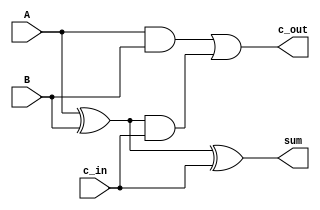
`timescale 1ns / 1ps

module Full_Adder(c_out, sum, A, B, c_in);
//dimensions and sizes
input  A;
input  B;
input c_in;
output c_out;
output sum;

//wires
wire w1,w2,w3;

//logic development
xor xor1(w1, A, B);
xor xor2(sum, w1, c_in);
and and1(w2, A, B);
and and2(w3, w1, c_in);
or or1(c_out, w2, w3);
endmodule